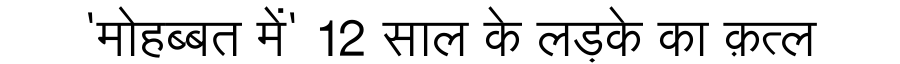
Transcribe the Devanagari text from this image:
'मोहब्बत में' 12 साल के लड़के का क़त्ल